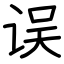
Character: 误